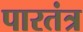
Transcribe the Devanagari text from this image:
पारतंत्र